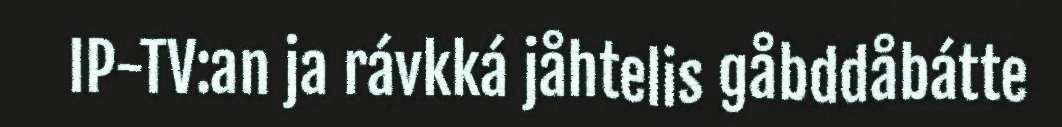
IP-TV:an ja rávkká jåhtelis gåbddåbátte